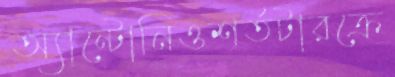
অ্যান্টোনিওশর্তটারক্রে